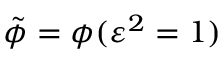
\tilde { \phi } = \phi ( \varepsilon ^ { 2 } = 1 )